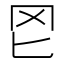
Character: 𦉮